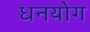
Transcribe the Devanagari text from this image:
धनयोग